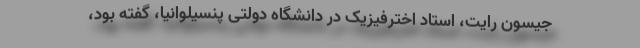
جیسون رایت، استاد اخترفیزیک در دانشگاه دولتی پنسیلوانیا، گفته بود،